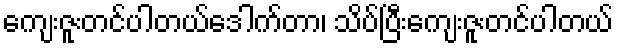
ကျေးဇူးတင်ပါတယ်ဒေါက်တာ၊ သိပ်ပြီးကျေးဇူးတင်ပါတယ်